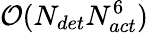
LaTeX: \mathcal{O}(N_{det}N_{act}^{6})